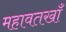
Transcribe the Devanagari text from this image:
महावतखाँ